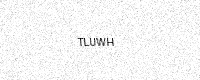
Text: TLUWH